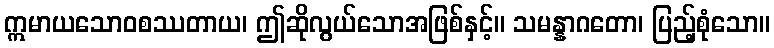
ဣမာယသောဝစဿတာယ၊ ဤဆိုလွယ်သောအဖြစ်နှင့်။ သမန္နာဂတော၊ ပြည့်စုံသော။